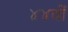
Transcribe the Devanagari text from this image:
४४वीं